Observations on rabies - Number 36
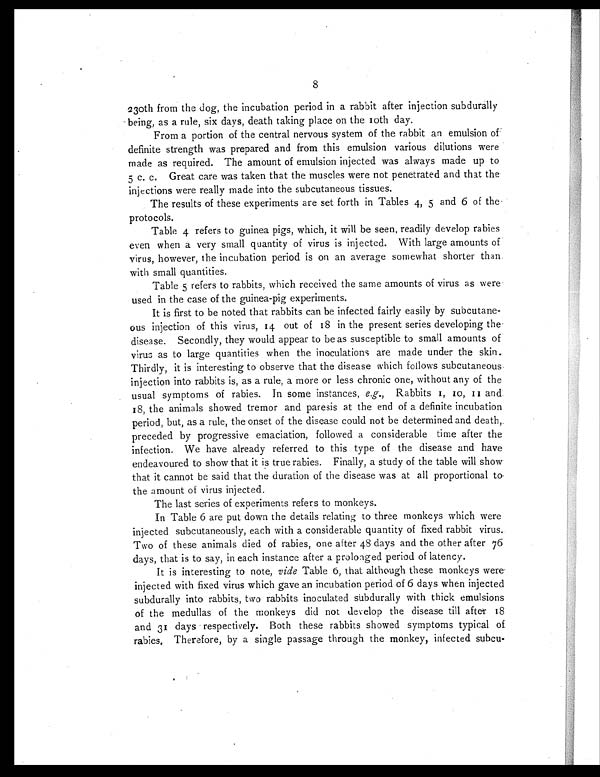
8
23oth from the dog, the incubation period in a rabbit after injection subdurally
being, as a rule, six days, death taking place on the l0th day.
From a portion of the central nervous system of the rabbit an emulsion of
definite strength was prepared and from this emulsion various dilutions were
made as required. The amount of emulsion injected was always made up to
5 c. c. Great care was taken that the muscles were not penetrated and that the
injections were really made into the subcutaneous tissues.
The results of these experiments are set forth in Tables 4, 5 and 6 of the-
protocols.
Table 4 refers to guinea pigs, which, it will be seen, readily develop rabies
even when a very small quantity of virus is injected. With large amounts of
virus, however, the incubation period is on an average somewhat shorter than
with small quantities.
Table 5 refers to rabbits, which received the same amounts of virus as were
used in the case of the guinea-pig experiments.
It is first to be noted that rabbits can be infected fairly easily by subcutane-
ous injection of this virus, 14 out of 18 in the present series developing the
disease. Secondly, they would appear to be as susceptible to small amounts of
virus as to large quantities when the inoculations are made under the skin.
Thirdly, it is interesting to observe that the disease which follows subcutaneous
injection into rabbits is, as a rule, a more or less chronic one, without any of the
usual symptoms of rabies. In some instances, e.g., Rabbits 1, 10, 11 and
18, the animals showed tremor and paresis at the end of a definite incubation
period, but, as a rule, the onset of the disease could not be determined and death,
preceded by progressive emaciation, followed a considerable time after the
infection. We have already referred to this type of the disease and have
endeavoured to show that it is true rabies. Finally, a study of the table will show
that it cannot be said that the duration of the disease was at all proportional to
the amount of virus injected.
The last series of experiments refers to monkeys.
In Table 6 are put down the details relating to three monkeys which were
injected subcutaneously, each with a considerable quantity of fixed rabbit virus.
Two of these animals died of rabies, one after 48 days and the other after 76
days, that is to say, in each instance after a prolonged period of latency.
It is interesting to note, vide Table 6, that although these monkeys were
injected with fixed virus which gave an incubation period of 6 days when injected
subdurally into rabbits, two rabbits inoculated subdurally with thick emulsions
of the medullas of the monkeys did not develop the disease till after i8
and 31 days respectively. Both these rabbits showed symptoms typical of
rabies. Therefore, by a single passage through the monkey, infected subcu-